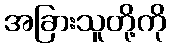
အခြားသူတို့ကို